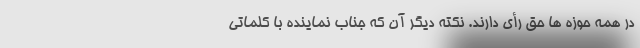
در همه حوزه ها حق رأی دارند. نکته دیگر آن که جناب نماینده با کلماتی